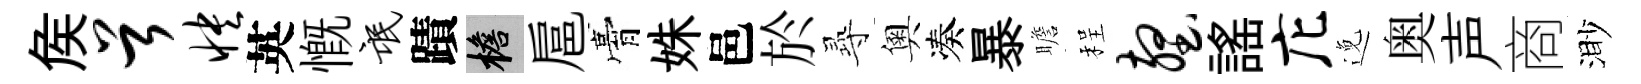
矦首怏英慨氓蹟檐扈膏姝邑於𡬶奧凑暴瞻程壑謡庀𨓜奥声商渺